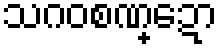
သဂဝစဏ္ဍော